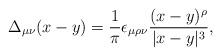
LaTeX: \begin{align*}\Delta_{\mu\nu}(x-y) = \frac{1}{\pi}\epsilon_{\mu\rho\nu}\frac{(x-y)^\rho}{|x-y|^3},\end{align*}